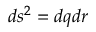
d s ^ { 2 } = d q d r